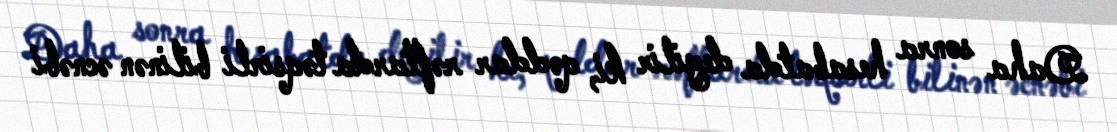
Daha sonra hesabatda deyilir ki, qəddar rəftarda təqsirli bilinən əcnəbi